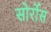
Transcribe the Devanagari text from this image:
सोर्रोस